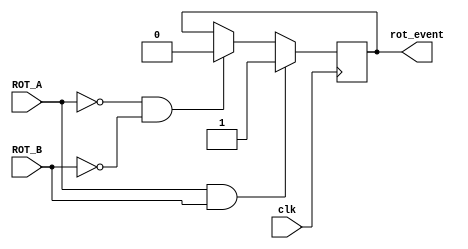
`timescale 1ns / 1ps
//////////////////////////////////////////////////////////////////////////////////
// Company: 
// Engineer: 
// 
// Design Name: 
// Module Name:    rotary 
// Project Name: 
// Target Devices: 
// Tool versions: 
// Description: 
//
// Dependencies: 
//
// Revision: 
// Revision 0.01 - File Created
// Additional Comments: 
//
//////////////////////////////////////////////////////////////////////////////////
module rotary(clk, ROT_A, ROT_B, rot_event);
input clk, ROT_A, ROT_B;
output reg rot_event;
always @(posedge clk) begin
	if(ROT_A==1 && ROT_B==1) begin
		rot_event=1;
	end
	else if(ROT_A==0 && ROT_B==0) begin
		rot_event=0;
	end
end
endmodule